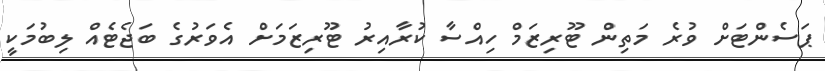
ޕަސެންޓަށް ވުރެ މަތިން ޓޫރިޒަމް ހިއްސާ ކުރާއިރު ޓޫރިޒަމަށް އެވަރުގެ ބަޖެޓެއް ލިބުމަކީ